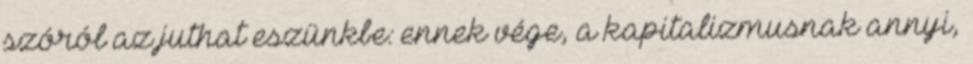
szóról az juthat eszünkbe: ennek vége, a kapitalizmusnak annyi,